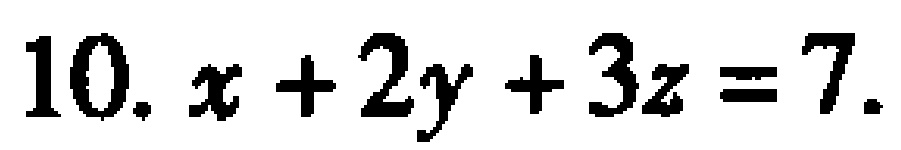
10. \(x + 2y + 3z = 7\)